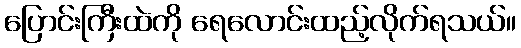
ပြောင်းကြီးထဲကို ရေလောင်းထည့်လိုက်ရသယ်။